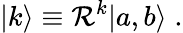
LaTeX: |k\rangle\equiv{\cal R}^{k}|a,b\rangle\; .